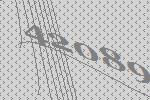
42089